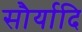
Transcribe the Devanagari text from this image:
सौर्यादि